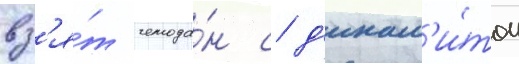
вз'я́т чемода́н с д'инам'и́том